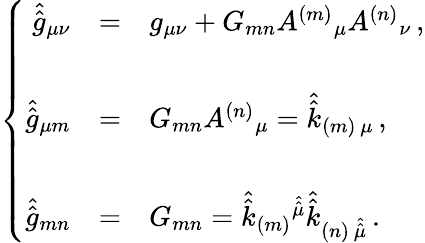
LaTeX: \left\{ \begin{array}{rcl}{{\hat{\hat{g}}_{\mu\nu}}}&{{=}}&{{g_{\mu\nu}+G_{mn}A^{(m)}{}_{\mu}A^{(n)}{}_{\nu}\, ,}}\\ {{}}&{{}}&{{}}\\ {{\hat{\hat{g}}_{\mu m}}}&{{=}}&{{G_{mn}A^{(n)}{}_{\mu}=\hat{\hat{k}}_{(m)\ \mu}\, ,}}\\ {{}}&{{}}&{{}}\\ {{\hat{\hat{g}}_{mn}}}&{{=}}&{{G_{mn}=\hat{\hat{k}}_{(m)}{}^{\hat{\hat{\mu}}}\hat{\hat{k}}_{(n)\ \hat{\hat{\mu}}}\, .}}\end{array}\right.